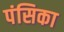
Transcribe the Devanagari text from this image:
पंसिका